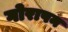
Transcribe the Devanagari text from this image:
गोरापन